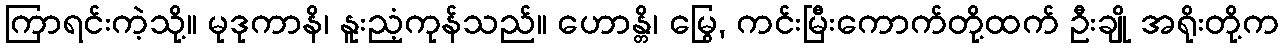
ကြာရင်းကဲ့သို့။ မုဒုကာနိ၊ နူးညံ့ကုန်သည်။ ဟောန္တိ၊ မြွေ, ကင်းမြီးကောက်တို့ထက် ဦးချို အရိုးတို့က